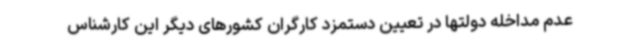
عدم مداخله دولتها در تعیین دستمزد کارگران کشورهای دیگر این کارشناس